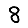
Digit: 8